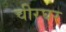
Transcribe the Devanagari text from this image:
चीरघर